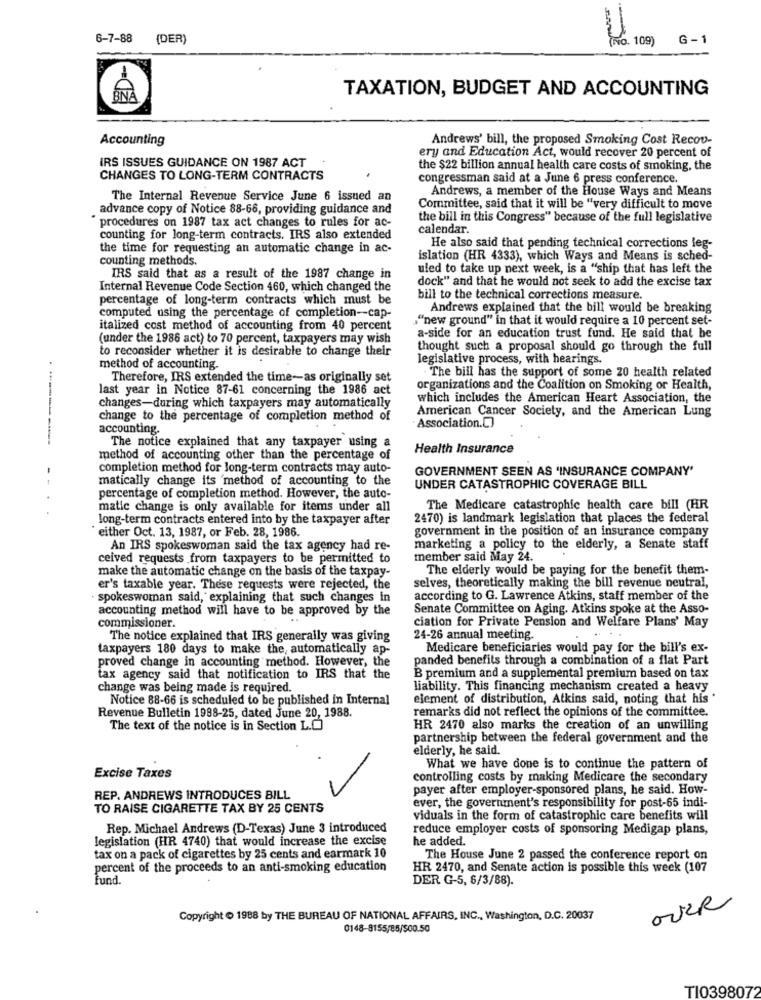
6-7-88 (DER)
(NO. 109)
G - 1
TAXATION, BUDGET AND ACCOUNTING
Accounting
Andrews' bill, the proposed Smoking Cost Recov-
ery and Education Act, would recover 20 percent of
IRS ISSUES GUIDANCE ON 1987 ACT
the $22 billion annual health care costs of smoking, the
CHANGES TO LONG-TERM CONTRACTS
congressman said at a June 6 press conference.
Andrews, a member of the House Ways and Means
The Internal Revenue Service June 6 issued an
advance copy of Notice 88-66, providing guidance and
Committee, said that it will be "very difficult to move
procedures on 1987 tax act changes to rules for ac-
the bill in this Congress" because of the full legislative
calendar.
counting for long-term contracts. IRS also extended
the time for requesting an automatic change in ac-
He also said that pending technical corrections leg-
counting methods.
islation (HR 4333), which Ways and Means is sched-
uled to take up next week, is a "ship that has left the
IRS said that as a result of the 1987 change in
dock" and that he would not seek to add the excise tax
Internal Revenue Code Section 460, which changed the
percentage of long-term contracts which must be
bill to the technical corrections measure.
computed using the percentage of completion-cap-
Andrews explained that the bill would be breaking
""new ground" in that it would require a 10 percent set-
italized cost method of accounting from 40 percent
a-side for an education trust fund. He said that be
(under the 1986 act) to 70 percent, taxpayers may wish
to reconsider whether it is desirable to change their
thought such a proposal should go through the full
legislative process, with hearings.
method of accounting.
The bill has the support of some 20 health related
Therefore, IRS extended the time-as originally set
last year in Notice 87-61 concerning the 1986 act
organizations and the Coalition on Smoking or Health,
which includes the American Heart Association, the
changes-during which taxpayers may automatically
American Cancer Society, and the American Lung
change to the percentage of completion method of
accounting.
Association.[
The notice explained that any taxpayer using a
Health Insurance
method of accounting other than the percentage of
completion method for long-term contracts may auto-
GOVERNMENT SEEN AS 'INSURANCE COMPANY'
matically change its 'method of accounting to the
UNDER CATASTROPHIC COVERAGE BILL
percentage of completion method. However, the auto-
matic change is only available for items under all
The Medicare catastrophic health care bill (HR
long-term contracts entered into by the taxpayer after
2470) is landmark legislation that places the federal
either Oct. 13, 1987, or Feb. 28, 1986.
government in the position of an insurance company
An IRS spokeswoman said the tax agency had re-
marketing a policy to the elderly, a Senate staff
ceived requests from taxpayers to be permitted to
member said May 24.
make the automatic change on the basis of the taxpay-
The elderly would be paying for the benefit them-
selves, theoretically making the bill revenue neutral,
er's taxable year. These requests were rejected, the
· spokeswoman said, explaining that such changes in
according to G. Lawrence Atkins, staff member of the
accounting method will have to be approved by the
Senate Committee on Aging. Atkins spoke at the Asso-
commissioner.
ciation for Private Pension and Welfare Plans' May
The notice explained that IRS generally was giving
24-26 annual meeting.
taxpayers 180 days to make the, automatically ap-
Medicare beneficiaries would pay for the bill's ex-
proved change in accounting method. However, the
panded benefits through a combination of a flat Part
tax agency said that notification to IRS that the
B premium and a supplemental premium based on tax
change was being made is required.
liability. This financing mechanism created a heavy
Notice 88-66 is scheduled to be published in Internal
element of distribution, Atkins said, noting that his
Revenue Bulletin 1988-25, dated June 20, 1988.
remarks did not reflect the opinions of the committee.
The text of the notice is in Section L.O
HR 2470 also marks the creation of an unwilling
partnership between the federal government and the
elderly, he said.
What we have done is to continue the pattern of
Excise Taxes
controlling costs by making Medicare the secondary
payer after employer-sponsored plans, he said. How-
REP. ANDREWS INTRODUCES BILL
TO RAISE CIGARETTE TAX BY 25 CENTS
ever, the government's responsibility for post-65 indi-
viduals in the form of catastrophic care benefits will
Rep. Michael Andrews (D-Texas) June 3 introduced
reduce employer costs of sponsoring Medigap plans,
legislation (HR 4740) that would increase the excise
he added.
tax on a pack of cigarettes by 25 cents and earmark 10
The House June 2 passed the conference report on
percent of the proceeds to an anti-smoking education
HR 2470, and Senate action is possible this week (107
fund.
DER G-5, 6/3/88).
2
OVER
Copyright 1988 by THE BUREAU OF NATIONAL AFFAIRS, INC ., Washington, D.C. 20037
0148-8155/85/500.50
TI0398072